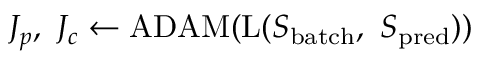
J _ { p } , \ J _ { c } \gets \mathrm { A D A M } ( \mathrm { L } ( S _ { \mathrm { b a t c h } } , \ S _ { \mathrm { p r e d } } ) )